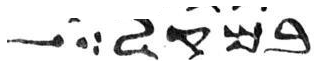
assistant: במקל